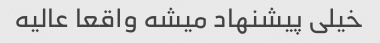
خیلی پیشنهاد میشه واقعا عالیه